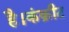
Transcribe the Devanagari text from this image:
है।कंक्रीट